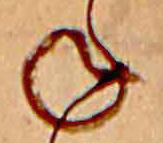
ね